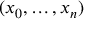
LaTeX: ( x _ { 0 } , \ldots , x _ { n } )